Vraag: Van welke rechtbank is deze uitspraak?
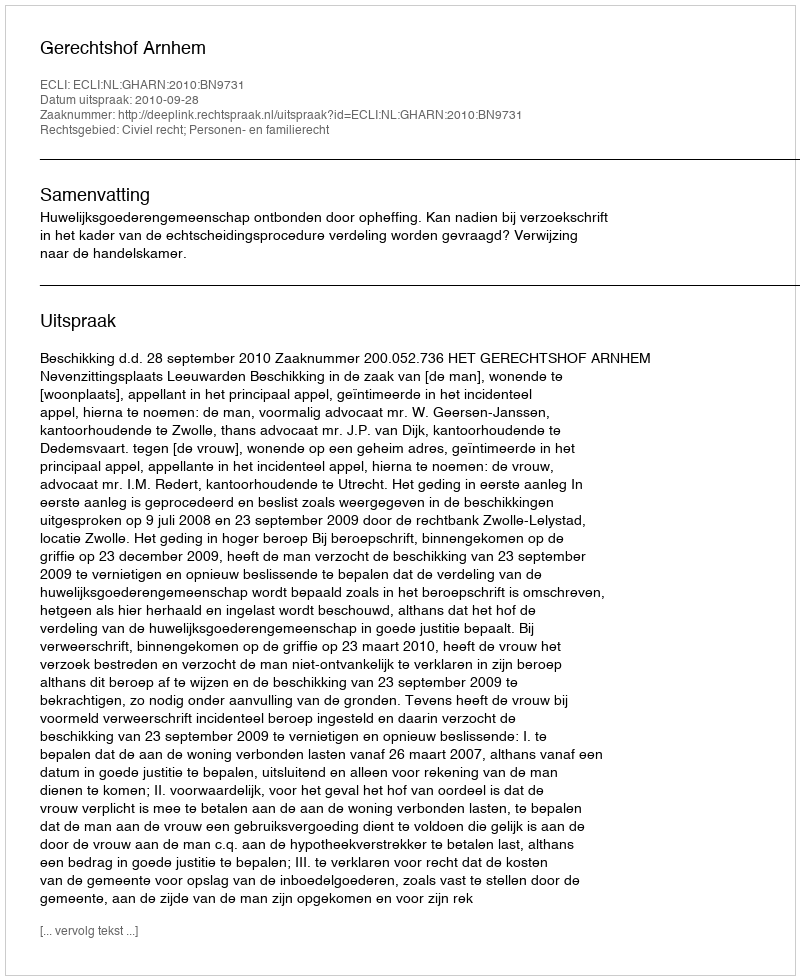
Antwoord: Gerechtshof Arnhem